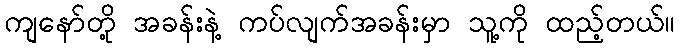
ကျနော်တို့ အခန်းနဲ့ ကပ်လျက်အခန်းမှာ သူ့ကို ထည့်တယ်။